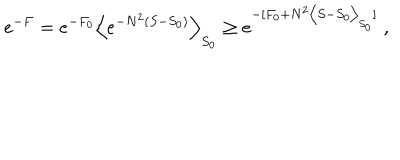
e ^ { - F } = e ^ { - F _ { 0 } } \Big < e ^ { - N ^ { 2 } ( S - S _ { 0 } ) } \Big > _ { S _ { 0 } } \ge e ^ { - [ F _ { 0 } + N ^ { 2 } \big < S - S _ { 0 } \big > _ { S _ { 0 } } ] } \; ,